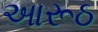
આરૂઠ